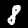
Digit: 8